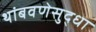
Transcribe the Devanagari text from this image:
थांबवणेसुद्धा